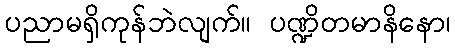
ပညာမရှိကုန်ဘဲလျက်။ ပဏ္ဍိတမာနိနော၊